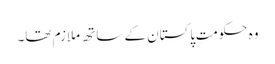
وہ حکومتِ پاکستان کے ساتھ ملازم تھا۔